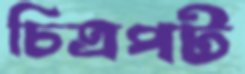
চিত্রপট